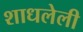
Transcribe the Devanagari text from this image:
शाधलेली